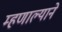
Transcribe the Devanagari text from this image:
म्हणाल्याने